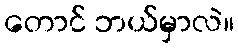
တောင် ဘယ်မှာလဲ။